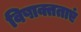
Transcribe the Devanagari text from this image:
विषाक्तताएं